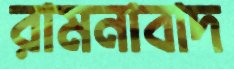
রামনাবাদ